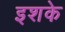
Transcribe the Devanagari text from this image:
इशके